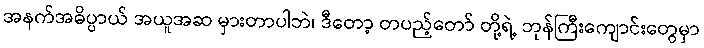
အနက်အဓိပ္ပာယ် အယူအဆ မှားတာပါဘဲ၊ ဒီတော့ တပည့်တော် တို့ရဲ့ ဘုန်ကြီးကျောင်းတွေမှာ